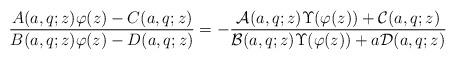
LaTeX: \begin{align*} \frac{A(a,q;z)\varphi(z)-C(a,q;z)}{B(a,q;z)\varphi(z)-D(a,q;z)} =-\frac{\mathcal{A}(a,q;z)\Upsilon(\varphi(z)) +\mathcal{C}(a,q;z)}{\mathcal{B}(a,q;z)\Upsilon(\varphi(z)) +a\mathcal{D}(a,q;z)} \end{align*}